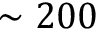
\sim 2 0 0